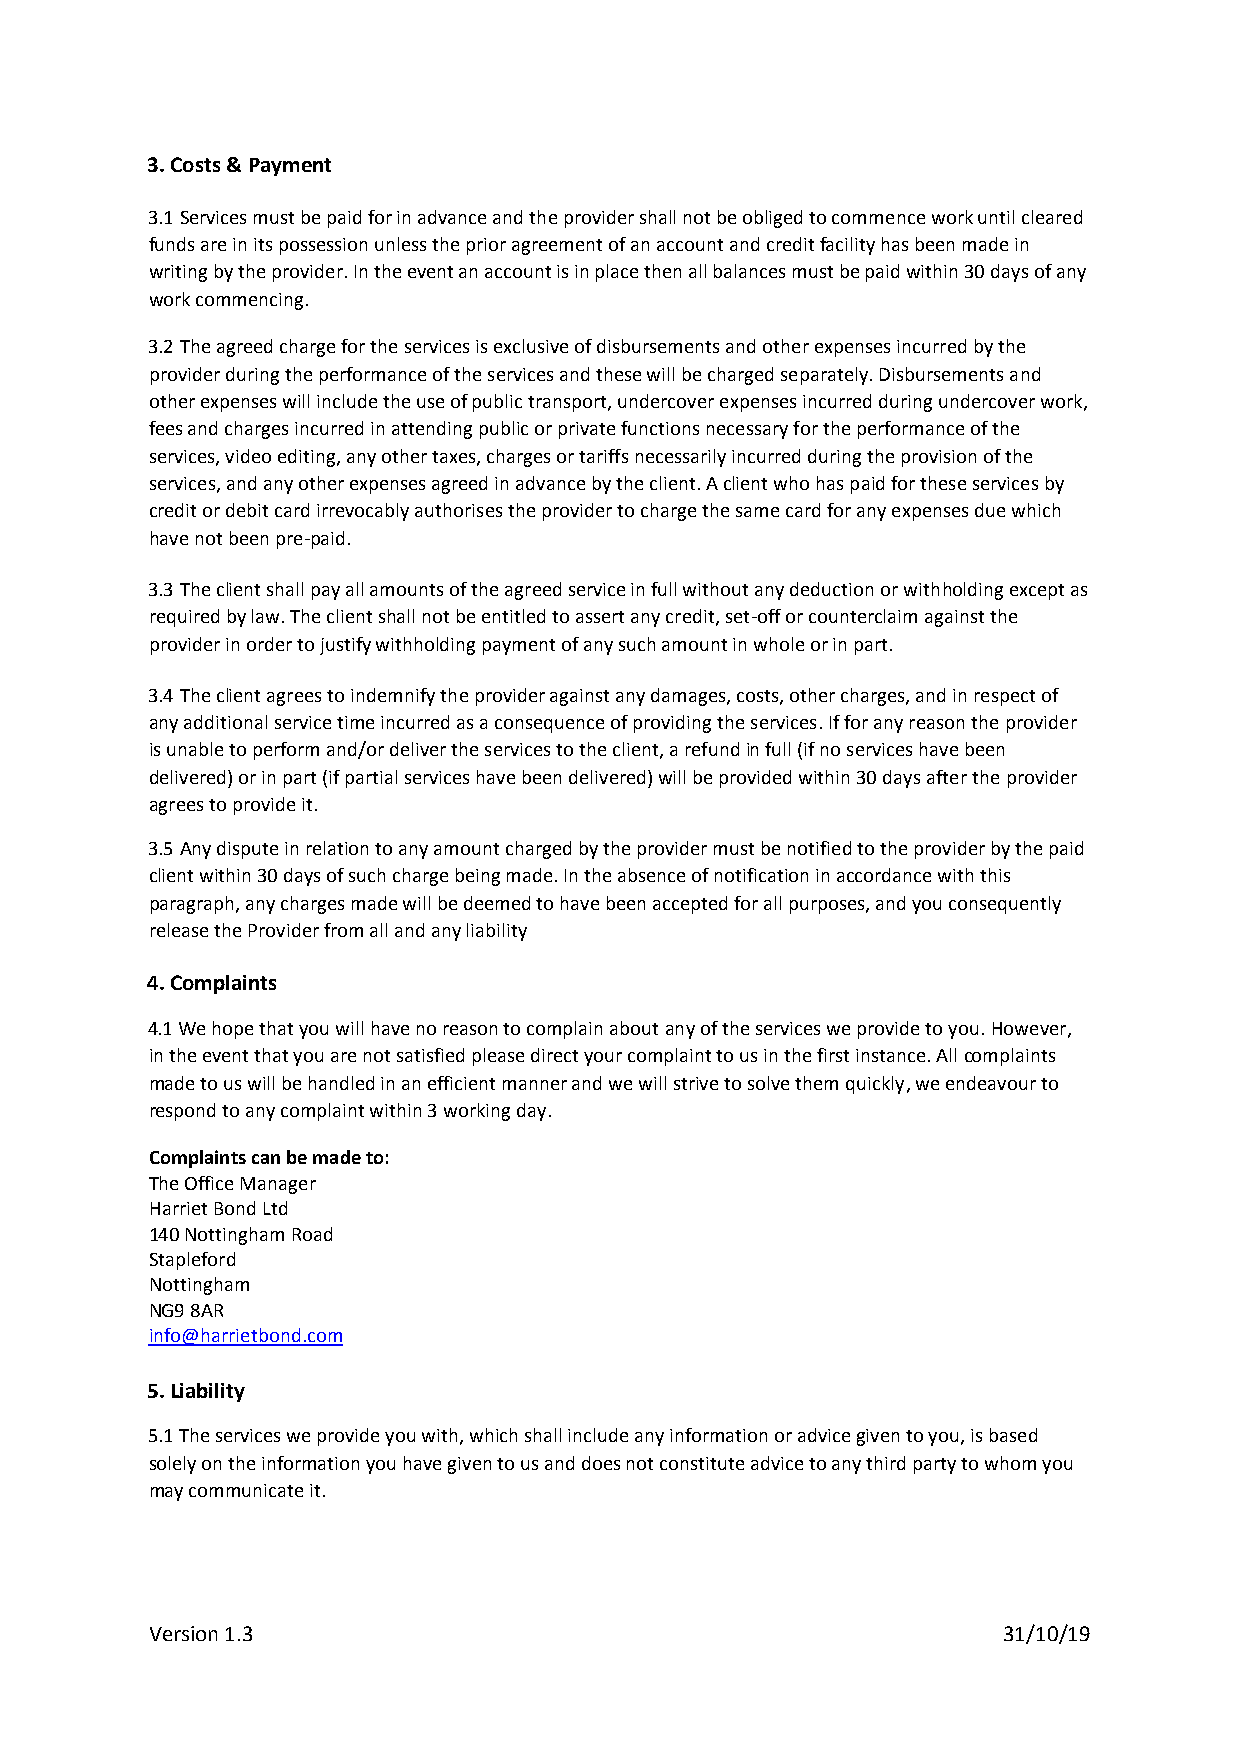
3. Costs & Payment
 3.1 Services must be paid for in advance and the provider shall not be obliged to commence work until cleared
 funds are in its possession unless the prior agreement of an account and credit facility has been made in
 writing by the provider. In the event an account is in place then all balances must be paid within 30 days of any
 work commencing.
 3.2 The agreed charge for the services is exclusive of disbursements and other expenses incurred by the
 provider during the performance of the services and these will be charged separately. Disbursements and
 other expenses will include the use of public transport, undercover expenses incurred during undercover work,
 fees and charges incurred in attending public or private functions necessary for the performance of the
 services, video editing, any other taxes, charges or tariffs necessarily incurred during the provision of the
 services, and any other expenses agreed in advance by the client. A client who has paid for these services by
 credit or debit card irrevocably authorises the provider to charge the same card for any expenses due which
 have not been pre-paid.
 3.3 The client shall pay all amounts of the agreed service in full without any deduction or withholding except as
 required by law. The client shall not be entitled to assert any credit, set-off or counterclaim against the
 provider in order to justify withholding payment of any such amount in whole or in part.
 3.4 The client agrees to indemnify the provider against any damages, costs, other charges, and in respect of
 any additional service time incurred as a consequence of providing the services. If for any reason the provider
 is unable to perform and/or deliver the services to the client, a refund in full (if no services have been
 delivered) or in part (if partial services have been delivered) will be provided within 30 days after the provider
 agrees to provide it.
 3.5 Any dispute in relation to any amount charged by the provider must be notified to the provider by the paid
 client within 30 days of such charge being made. In the absence of notification in accordance with this
 paragraph, any charges made will be deemed to have been accepted for all purposes, and you consequently
 release the Provider from all and any liability
 4. Complaints
 4.1 We hope that you will have no reason to complain about any of the services we provide to you. However,
 in the event that you are not satisfied please direct your complaint to us in the first instance. All complaints
 made to us will be handled in an efficient manner and we will strive to solve them quickly, we endeavour to
 respond to any complaint within 3 working day.
 Complaints can be made to:
 The Office Manager
 Harriet Bond Ltd
 140 Nottingham Road
 Stapleford
 Nottingham
 NG9 8AR
 info@harrietbond.com
 5. Liability
 5.1 The services we provide you with, which shall include any information or advice given to you, is based
 solely on the information you have given to us and does not constitute advice to any third party to whom you
 may communicate it.
 Version 1.3                                             31/10/19